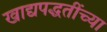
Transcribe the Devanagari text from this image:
खाद्यपद्धतींच्या